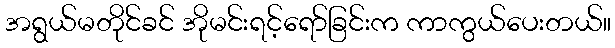
အရွယ်မတိုင်ခင် အိုမင်းရင့်ရော်ခြင်းက ကာကွယ်ပေးတယ်။